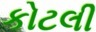
કોટલી